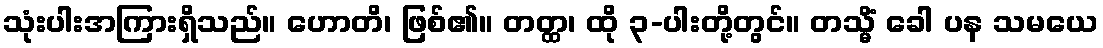
သုံးပါးအကြားရှိသည်။ ဟောတိ၊ ဖြစ်၏။ တတ္ထ၊ ထို ၃-ပါးတို့တွင်။ တသ္မိံ ခေါ ပန သမယေ